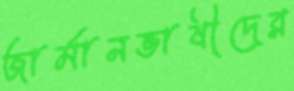
জার্মানভাষীদের